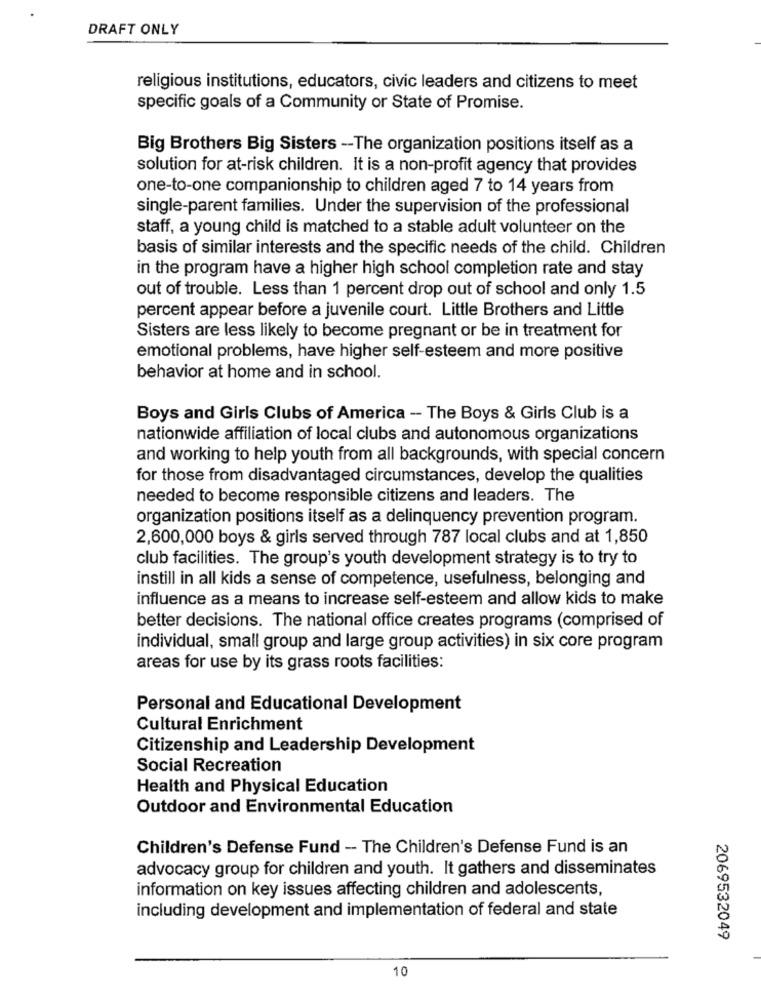
DRAFT ONLY
religious institutions, educators, civic leaders and citizens to meet
specific goals of a Community or State of Promise.
Big Brothers Big Sisters -- The organization positions itself as a
solution for at-risk children. It is a non-profit agency that provides
one-to-one companionship to children aged 7 to 14 years from
single-parent families. Under the supervision of the professional
staff, a young child is matched to a stable adult volunteer on the
basis of similar interests and the specific needs of the child. Children
in the program have a higher high school completion rate and stay
out of trouble. Less than 1 percent drop out of school and only 1.5
percent appear before a juvenile court. Little Brothers and Little
Sisters are less likely to become pregnant or be in treatment for
emotional problems, have higher self-esteem and more positive
behavior at home and in school.
Boys and Girls Clubs of America - The Boys & Girls Club is a
nationwide affiliation of local clubs and autonomous organizations
and working to help youth from all backgrounds, with special concern
for those from disadvantaged circumstances, develop the qualities
needed to become responsible citizens and leaders. The
organization positions itself as a delinquency prevention program.
2,600,000 boys & girls served through 787 local clubs and at 1,850
club facilities. The group's youth development strategy is to try to
instill in all kids a sense of competence, usefulness, belonging and
influence as a means to increase self-esteem and allow kids to make
better decisions. The national office creates programs (comprised of
individual, small group and large group activities) in six core program
areas for use by its grass roots facilities:
Personal and Educational Development
Cultural Enrichment
Citizenship and Leadership Development
Social Recreation
Health and Physical Education
Outdoor and Environmental Education
Children's Defense Fund - The Children's Defense Fund is an
advocacy group for children and youth. It gathers and disseminates
information on key issues affecting children and adolescents,
including development and implementation of federal and state
2069532049
10